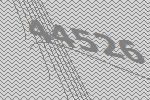
44526